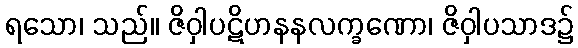
ရသော၊ သည်။ ဇိဝှါပဋိဟနနလက္ခဏော၊ ဇိဝှါပသာဒ၌